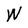
Character: W